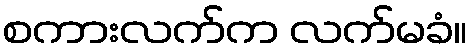
စကားလက်က လက်မခံ။